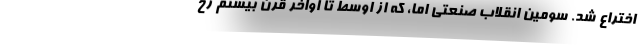
اختراع شد. سومین انقلاب صنعتی اما، که از اوسط تا اواخر قرن بیستم رخ